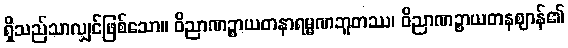
ရှိသည်သာလျှင်ဖြစ်သော။ ဝိညာဏဉ္စာယတနာရမ္မဏဘူတဿ၊ ဝိညာဏဉ္စာယတနဈာန်၏